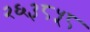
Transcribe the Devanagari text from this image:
२६३८५८